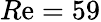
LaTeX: R\mathrm{e}=59